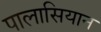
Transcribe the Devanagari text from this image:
पालासियान